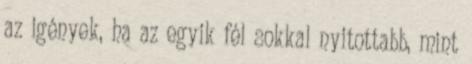
az igények, ha az egyik fél sokkal nyitottabb, mint